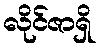
လိုင်ဇာရှိ